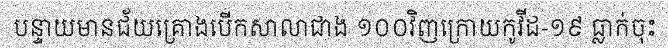
បន្ទាយមានជ័យគ្រោងបើកសាលាជាង ១០០វិញក្រោយកូវីដ-១៩ ធ្លាក់ចុះ